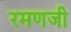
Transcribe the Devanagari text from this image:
रमणजी